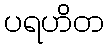
ပရဟိတ